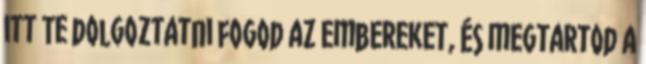
itt Te dolgoztatni fogod az embereket, és megtartod a